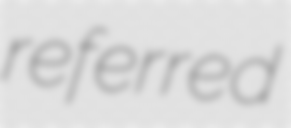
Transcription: referred